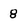
Character: 8